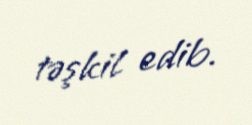
təşkil edib.